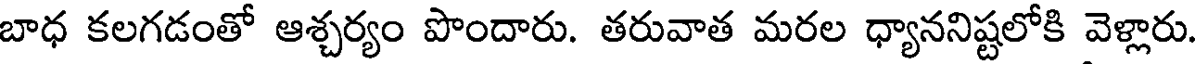
బాధ కలగడంతో ఆశ్చర్యం పొందారు. తరువాత మరల ధ్యాననిష్టలోకి వెళ్లారు.